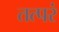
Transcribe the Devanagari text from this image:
तत्परं